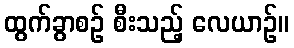
ထွက်ခွာစဉ် စီးသည့် လေယာဉ်။